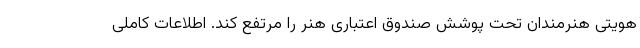
هویتی هنرمندان تحت پوشش صندوق اعتباری هنر را مرتفع کند. اطلاعات کاملی